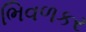
ભિવળકર